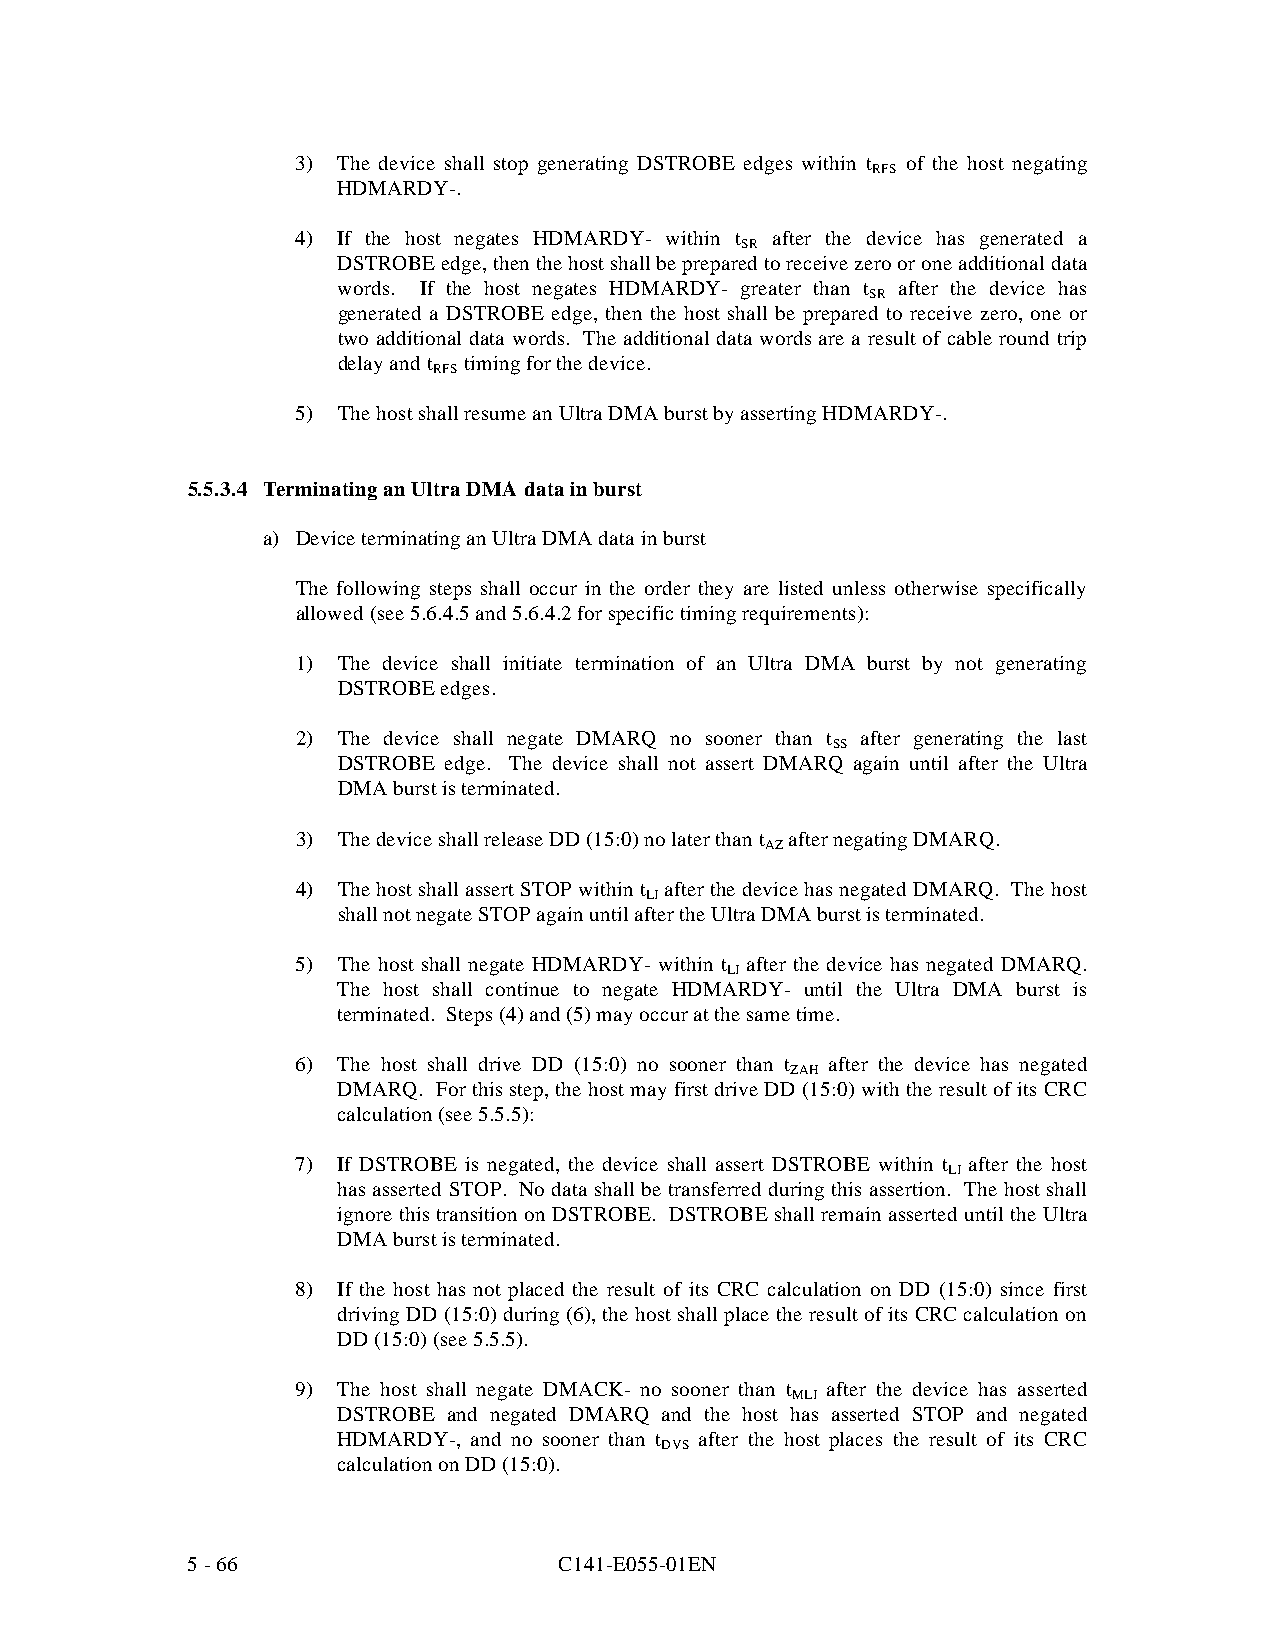
3) The device shall stop generating DSTROBE edges wit hin t of the host negating
 RFS
 HDMARDY-.
 4) If the host negates HDMARDY- within t after the device has generated a
 SR
 DSTROBE edge, then the host shall be prepared to receive zero or one additional data
 words. If the host negates HDMARDY- greater than t after the device has
 SR
 generated a DSTROBE edge, then the host shall be prepared to receive zero, one or
 two additional data words. The additional data words are a result of cable round trip
 delay and t timing for the device.
 RFS
 5) The host shall resume an U ltra DMA burst by asserting HDMARDY-.
 5.5.3.4 Terminating an Ultra DMA data in burst
 a) Device terminating an Ultra DMA data in burst
 The following steps shall occur in the order they are listed unless otherwise specifically
 allowed (see 5.6.4.5 and 5.6.4.2 for specific timing requirements):
 1) The device shall initiate termination of an Ultra DMA burst by not generating
 DSTROBE edges.
 2) The device shall negate DMARQ no sooner than t after generating the last
 SS
 DSTROBE edge. The device shall not assert DMARQ again until after the Ultra
 DMA burst is terminated.
 3) The device shall release DD (15:0) no later than t after negating DMARQ.
 AZ
 4) The host shall assert STOP within t after the device has negated DMARQ. The host
 LI
 shall not negate STOP again until after the Ultra DMA burst is terminated.
 5) The host shall negate HDMARDY- within t after the device has negated DMARQ.
 LI
 The host shall continue to negate HDMARDY- until the Ultra DMA burst is
 terminated. Steps (4) and (5) may occur at the same time.
 6) The host shall drive DD (15:0) no sooner than t after the device has negated
 ZAH
 DMARQ. For this step, the host may first drive DD (15:0) with the result of its CRC
 calculation (see 5.5.5):
 7) If DSTROBE is negated, the device shall assert DSTROBE within t after the host
 LI
 has asserted STOP. No data shall be transferred during this assertion. The host shall
 ignore this transition on DSTROBE. DSTROBE shall remain asserted until the Ultra
 DMA burst is terminated.
 8) If the host has not placed the result of its CRC calculation on DD (15:0) since first
 driving DD (15:0) during (6), the host shall place the result of its CRC calculation on
 DD (15:0) (see 5.5.5).
 9) The host shall negate DMACK- no sooner than t after the device has asserted
 MLI
 DSTROBE and negated DMARQ and the host has asserted STOP and negated
 HDMARDY-, and no sooner than t after the host places the result of its CRC
 DVS
 calculation on DD (15:0).
 5 - 66                   C141-E055-01EN